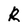
Character: R